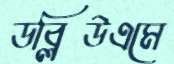
ডব্লিউএমে